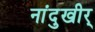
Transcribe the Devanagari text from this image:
नांदुखीर्